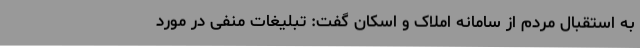
به استقبال مردم از سامانه املاک و اسکان گفت: تبلیغات منفی در مورد